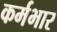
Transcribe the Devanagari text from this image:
कर्मभार